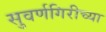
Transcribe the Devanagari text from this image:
सुवर्णगिरीच्या